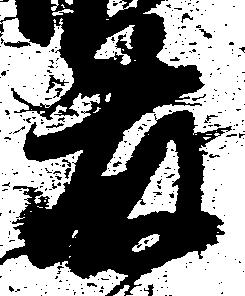
藤